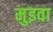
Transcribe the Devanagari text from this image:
मुइवा